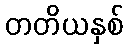
တတိယနှစ်